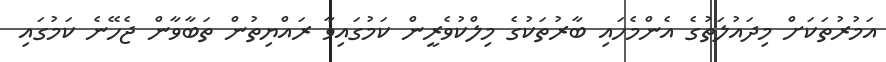
އަމުރުތަކަށް މިދައުލަތުގެ އެންމެހައި ބާރުތަކުގެ މިލްކުވެރީން ކަމުގައިވާ ރައްޔިތުން ތަބާވާން ޖެހޭނެ ކަމުގައި